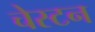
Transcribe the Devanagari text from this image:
चेस्टन